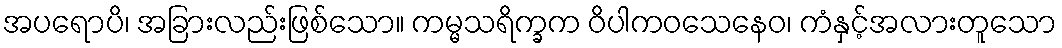
အပရောပိ၊ အခြားလည်းဖြစ်သော။ ကမ္မသရိက္ခက ဝိပါကဝသေနေဝ၊ ကံနှင့်အလားတူသော